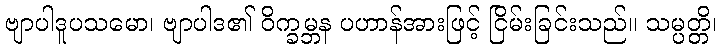
ဗျာပါဒူပသမော၊ ဗျာပါဒ၏ ဝိက္ခမ္ဘန ပဟာန်အားဖြင့် ငြိမ်းခြင်းသည်။ သမ္ပတ္တိ၊